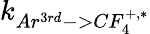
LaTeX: k_{Ar^{3rd}->CF_{4}^{+,*}}